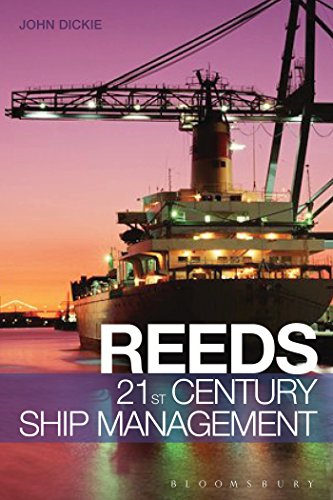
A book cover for Reeds 21st Century Ship Management (Reeds Professional); John W Dickie; Law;